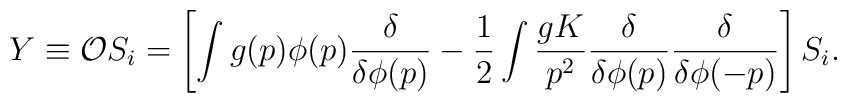
Y\equiv{\cal O}S_i=\left[\int g(p)\phi(p){{\delta }\over\delta\phi(p)}-{1\over 2}\int {gK\over p^2}{{\delta }\over\delta\phi(p)}{{\delta }\over\delta\phi(-p)}\right]S_i.